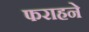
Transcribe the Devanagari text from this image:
फराहने